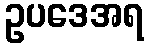
ဥပဒေအရ